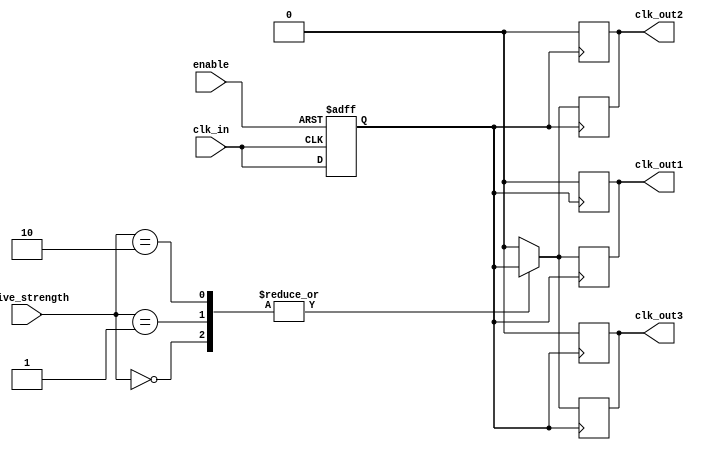
module LowPowerClockBuffer (
    input wire clk_in,          // Input clock signal
    input wire enable,          // Enable signal to turn the buffer on/off
    input wire [1:0] drive_strength, // Drive strength control (00: low, 01: medium, 10: high)
    output reg clk_out1,       // Buffered clock output 1
    output reg clk_out2,       // Buffered clock output 2
    output reg clk_out3        // Buffered clock output 3
);

    // Parameters for rise and fall times (in simulation units)
    parameter RISE_TIME = 5;   // Rise time for output clock
    parameter FALL_TIME = 5;    // Fall time for output clock

    // Internal clock signal
    reg clk_buf;

    // Clock gating logic
    always @(posedge clk_in or negedge enable) begin
        if (!enable) begin
            clk_buf <= 1'b0; // Sleep mode: output low when disabled
        end else begin
            clk_buf <= clk_in; // Buffer the input clock when enabled
        end
    end

    // Drive strength control and output generation
    always @(posedge clk_buf) begin
        case (drive_strength)
            2'b00: begin
                // Low drive strength
                clk_out1 <= #RISE_TIME clk_buf;
                clk_out2 <= #RISE_TIME clk_buf;
                clk_out3 <= #RISE_TIME clk_buf;
            end
            2'b01: begin
                // Medium drive strength
                clk_out1 <= #RISE_TIME clk_buf;
                clk_out2 <= #RISE_TIME clk_buf;
                clk_out3 <= #RISE_TIME clk_buf;
            end
            2'b10: begin
                // High drive strength
                clk_out1 <= #RISE_TIME clk_buf;
                clk_out2 <= #RISE_TIME clk_buf;
                clk_out3 <= #RISE_TIME clk_buf;
            end
            default: begin
                clk_out1 <= 1'b0;
                clk_out2 <= 1'b0;
                clk_out3 <= 1'b0;
            end
        endcase
    end

    // Controlled fall time for output clocks
    always @(negedge clk_buf) begin
        clk_out1 <= #FALL_TIME 1'b0;
        clk_out2 <= #FALL_TIME 1'b0;
        clk_out3 <= #FALL_TIME 1'b0;
    end

endmodule